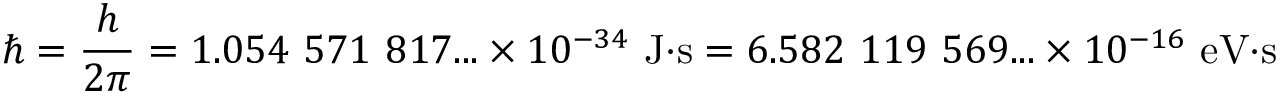
\hbar = { \frac { h } { 2 \pi } } = 1 . 0 5 4 \ 5 7 1 \ 8 1 7 . . . \times 1 0 ^ { - 3 4 } \ { \mathrm { J } } { \cdot } { \mathrm { s } } = 6 . 5 8 2 \ 1 1 9 \ 5 6 9 . . . \times 1 0 ^ { - 1 6 } \ { \mathrm { e V } } { \cdot } { \mathrm { s } }